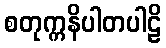
စတုက္ကနိပါတပါဠိ